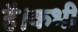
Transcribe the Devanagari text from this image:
है।कभी